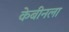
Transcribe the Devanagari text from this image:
केबीनला